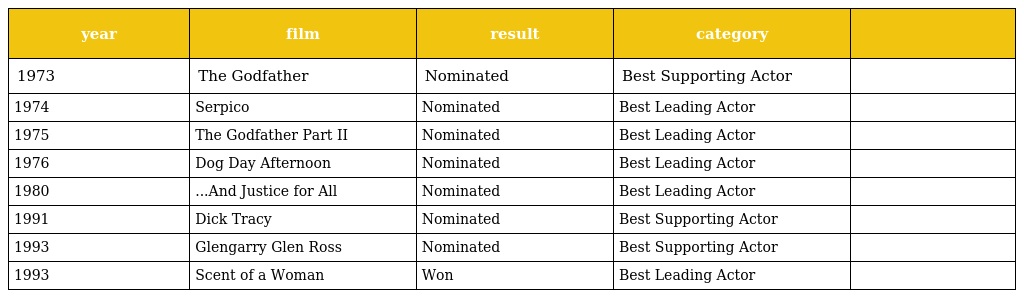
| year | film | result | category |  |
 | --- | --- | --- | --- | --- |
 | 1973 | The Godfather | Nominated | Best Supporting Actor |  |
 | 1974 | Serpico | Nominated | Best Leading Actor |  |
 | 1975 | The Godfather Part II | Nominated | Best Leading Actor |  |
 | 1976 | Dog Day Afternoon | Nominated | Best Leading Actor |  |
 | 1980 | ...And Justice for All | Nominated | Best Leading Actor |  |
 | 1991 | Dick Tracy | Nominated | Best Supporting Actor |  |
 | 1993 | Glengarry Glen Ross | Nominated | Best Supporting Actor |  |
 | 1993 | Scent of a Woman | Won | Best Leading Actor |  |